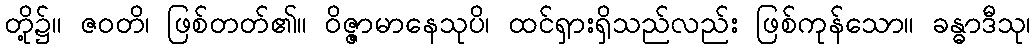
တို့၌။ ဇဝတိ၊ ဖြစ်တတ်၏။ ဝိဇ္ဇာမာနေသုပိ၊ ထင်ရှားရှိသည်လည်း ဖြစ်ကုန်သော။ ခန္ဓာဒီသု၊